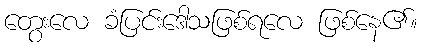
တွေးလေ ခံပြင်းဒေါသဖြစ်ရလေ ဖြစ်နေ၏။